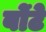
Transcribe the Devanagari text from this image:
बोंटे